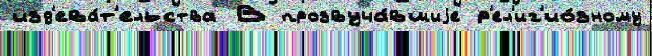
изд'ева́т'ельства В прозвуча́вшиjе р'ел'иг'ио́зному